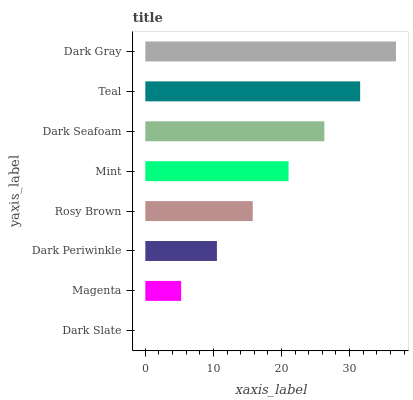
| yaxis_label | bars |
 | --- | --- |
 | Dark Slate | 0 |
 | Magenta | 5.26 |
 | Dark Periwinkle | 10.5 |
 | Rosy Brown | 15.8 |
 | Mint | 21 |
 | Dark Seafoam | 26.3 |
 | Teal | 31.6 |
 | Dark Gray | 36.8 |